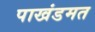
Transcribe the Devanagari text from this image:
पाखंडमत